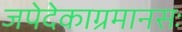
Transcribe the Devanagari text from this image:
जपेदेकाग्रमानसः